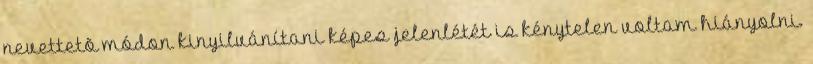
nevettetõ módon kinyilvánítani képes jelenlétét is kénytelen voltam hiányolni.